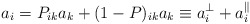
\begin{align*}a_i = P_{ik} a_k + (1-P)_{ik}a_k \equiv a^{\perp}_i +a^{\parallel}_i\end{align*}